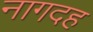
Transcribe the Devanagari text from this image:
नागदह